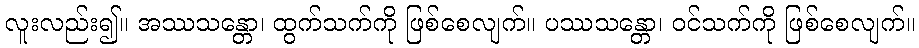
လူးလည်း၍။ အဿသန္တော၊ ထွက်သက်ကို ဖြစ်စေလျက်။ ပဿသန္တော၊ ဝင်သက်ကို ဖြစ်စေလျက်။